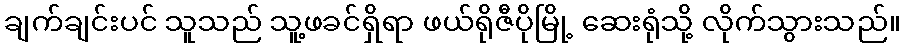
ချက်ချင်းပင် သူသည် သူ့ဖခင်ရှိရာ ဖယ်ရိုဇီပိုမြို့ ဆေးရုံသို့ လိုက်သွားသည်။